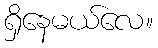
ရှိနေမယ်လေ။